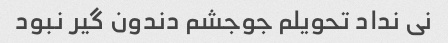
نی نداد تحویلم جوجشم دندون گیر نبود